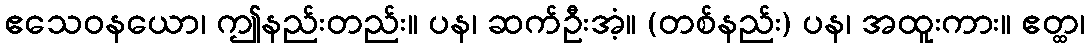
ဧသေဝနယော၊ ဤနည်းတည်း။ ပန၊ ဆက်ဦးအံ့။ (တစ်နည်း) ပန၊ အထူးကား။ ဧတ္ထ၊